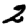
Digit: 2